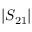
| S _ { 2 1 } |